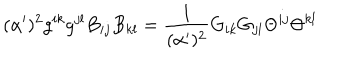
( \alpha ^ { \prime } ) ^ { 2 } g ^ { i k } g ^ { j l } B _ { i j } B _ { k l } = { \frac { 1 } { ( \alpha ^ { \prime } ) ^ { 2 } } } G _ { i k } G _ { j l } \Theta ^ { i j } \Theta ^ { k l }